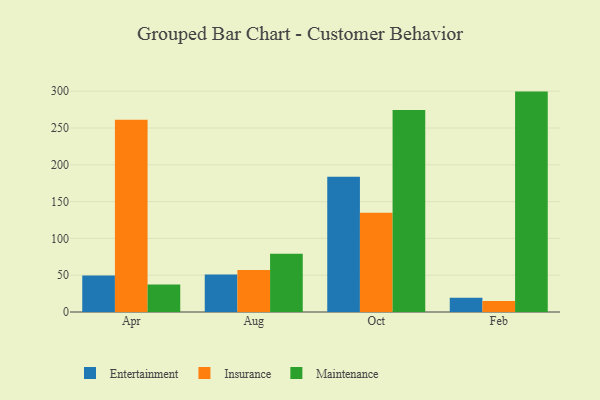
{"axis": {"x": "Month", "y": "Temperature (°C)"}, "legend": ["Entertainment", "Insurance", "Maintenance"], "data": [{"x": "Apr", "y": 49.6, "type": "Entertainment"}, {"x": "Apr", "y": 261.2, "type": "Insurance"}, {"x": "Apr", "y": 37.3, "type": "Maintenance"}, {"x": "Aug", "y": 51.1, "type": "Entertainment"}, {"x": "Aug", "y": 57.2, "type": "Insurance"}, {"x": "Aug", "y": 79.2, "type": "Maintenance"}, {"x": "Oct", "y": 183.7, "type": "Entertainment"}, {"x": "Oct", "y": 134.8, "type": "Insurance"}, {"x": "Oct", "y": 274.4, "type": "Maintenance"}, {"x": "Feb", "y": 19.5, "type": "Entertainment"}, {"x": "Feb", "y": 14.9, "type": "Insurance"}, {"x": "Feb", "y": 299.5, "type": "Maintenance"}]}